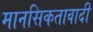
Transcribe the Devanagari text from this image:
मानसिकतावादी